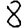
Digit: 8